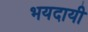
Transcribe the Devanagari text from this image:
भयदायी